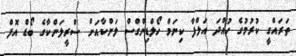
ތަރައްގީ ކުރުމުގެ ހުއްދަ އަލްފާ ކިނަމް ހޯލްޑިންގްސް ލަންކާއަށް ސްރީލަންކާގެ ބޯޑް އޮފް